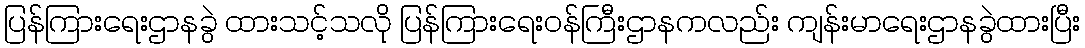
ပြန်ကြားရေးဌာနခွဲ ထားသင့်သလို ပြန်ကြားရေးဝန်ကြီးဌာနကလည်း ကျန်းမာရေးဌာနခွဲထားပြီး